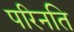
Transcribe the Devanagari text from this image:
परिनति